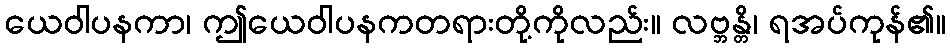
ယေဝါပနကာ၊ ဤယေဝါပနကတရားတို့ကိုလည်း။ လဗ္ဘန္တိ၊ ရအပ်ကုန်၏။